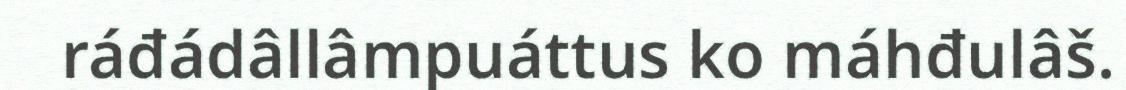
ráđádâllâmpuáttus ko máhđulâš.